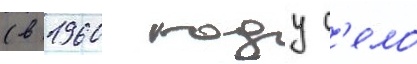
(в 1960 году с'ело